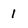
Character: 1